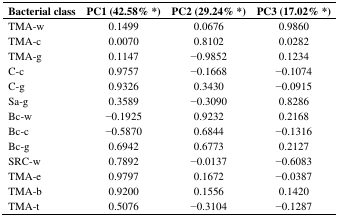
<table><thead><tr><td><b>Bacterial class</b></td><td><b>PC1 (42.58% *)</b></td><td><b>PC2 (29.24% *)</b></td><td><b>PC3 (17.02% *)</b></td></tr></thead><tbody><tr><td>TMA-w</td><td>0.1499</td><td>0.0676</td><td>0.9860</td></tr><tr><td>TMA-c</td><td>0.0070</td><td>0.8102</td><td>0.0282</td></tr><tr><td>TMA-g</td><td>0.1147</td><td>−0.9852</td><td>0.1234</td></tr><tr><td>C-c</td><td>0.9757</td><td>−0.1668</td><td>−0.1074</td></tr><tr><td>C-g</td><td>0.9326</td><td>0.3430</td><td>−0.0915</td></tr><tr><td>Sa-g</td><td>0.3589</td><td>−0.3090</td><td>0.8286</td></tr><tr><td>Bc-w</td><td>−0.1925</td><td>0.9232</td><td>0.2168</td></tr><tr><td>Bc-c</td><td>−0.5870</td><td>0.6844</td><td>−0.1316</td></tr><tr><td>Bc-g</td><td>0.6942</td><td>0.6773</td><td>0.2127</td></tr><tr><td>SRC-w</td><td>0.7892</td><td>−0.0137</td><td>−0.6083</td></tr><tr><td>TMA-e</td><td>0.9797</td><td>0.1672</td><td>−0.0387</td></tr><tr><td>TMA-b</td><td>0.9200</td><td>0.1556</td><td>0.1420</td></tr><tr><td>TMA-t</td><td>0.5076</td><td>−0.3104</td><td>−0.1287</td></tr></tbody></table>